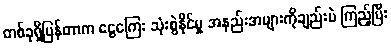
တစ်ခုရှိပြန်တာက ငွေကြေး သုံးစွဲနိုင်မှု အနည်းအများကိုချည်းပဲ ကြည့်ပြီး